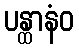
ပန္ထာနံဝ